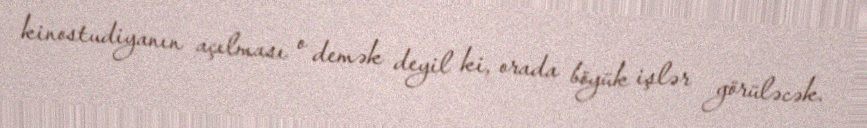
kinostudiyanın açılması o demək deyil ki, orada böyük işlər görüləcək.